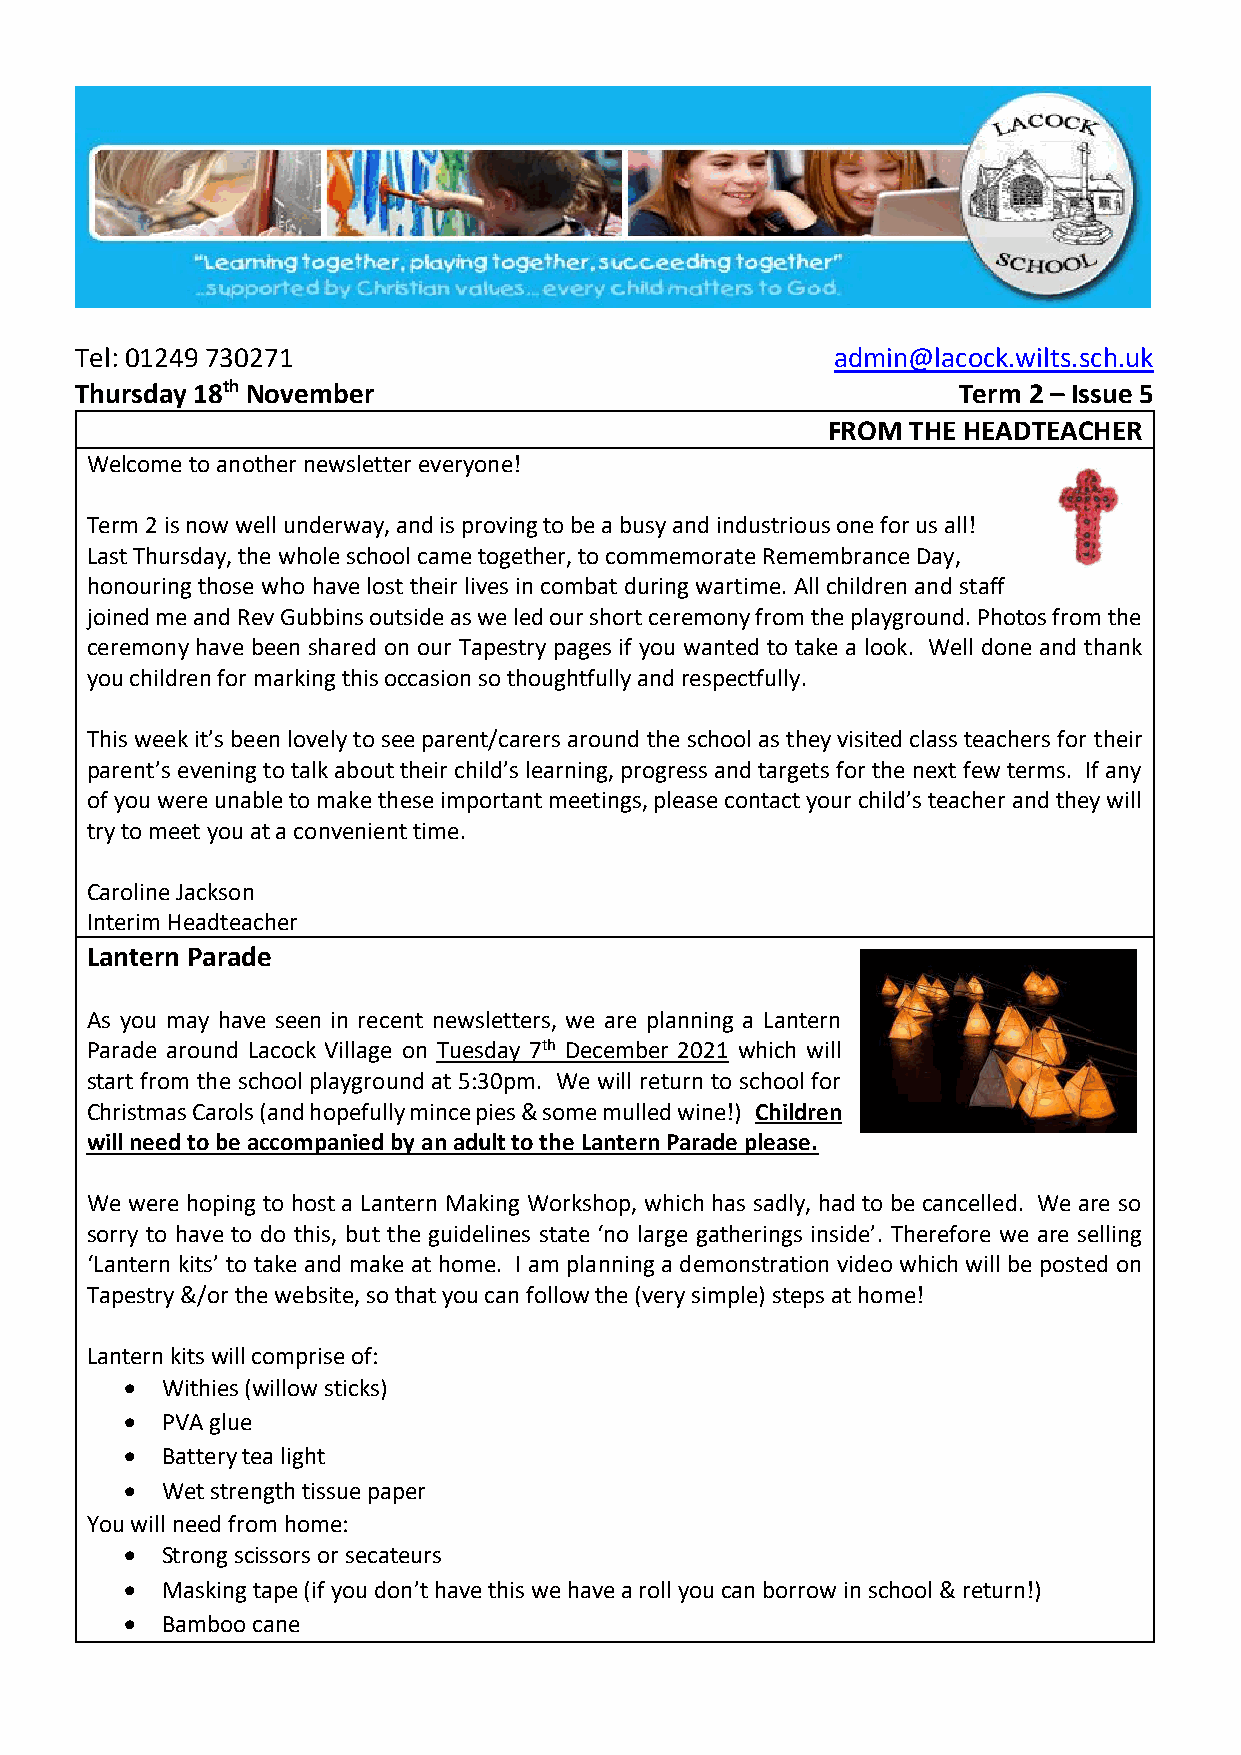
Tel: 01249 730271                                 admin@lacock.wilts.sch.uk
 Thursday 18th November                                    Term 2 – Issue 5
 FROM THE HEADTEACHER
 Welcome to another newsletter everyone!
 Term 2 is now well underway, and is proving to be a busy and industrious one for us all!
 Last Thursday, the whole school came together, to commemorate Remembrance Day,
 honouring those who have lost their lives in combat during wartime. All children and staff
 joined me and Rev Gubbins outside as we led our short ceremony from the playground. Photos from the
 ceremony have been shared on our Tapestry pages if you wanted to take a look. Well done and thank
 you children for marking this occasion so thoughtfully and respectfully.
 This week it’s been lovely to see parent/carers around the school as they visited class teachers for their
 parent’s evening to talk about their child’s learning, progress and targets for the next few terms. If any
 of you were unable to make these important meetings, please contact your child’s teacher and they will
 try to meet you at a convenient time.
 Caroline Jackson
 Interim Headteacher
 Lantern Parade
 As you may have seen in recent newsletters, we are planning a Lantern
 Parade around Lacock Village on Tuesday 7th December 2021 which will
 start from the school playground at 5:30pm. We will return to school for
 Christmas Carols (and hopefully mince pies & some mulled wine!) Children
 will need to be accompanied by an adult to the Lantern Parade please.
 We were hoping to host a Lantern Making Workshop, which has sadly, had to be cancelled. We are so
 sorry to have to do this, but the guidelines state ‘no large gatherings inside’. Therefore we are selling
 ‘Lantern kits’ to take and make at home. I am planning a demonstration video which will be posted on
 Tapestry &/or the website, so that you can follow the (very simple) steps at home!
 Lantern kits will comprise of:
   Withies (willow sticks)
   PVA glue
   Battery tea light
   Wet strength tissue paper
 You will need from home:
   Strong scissors or secateurs
   Masking tape (if you don’t have this we have a roll you can borrow in school & return!)
   Bamboo cane